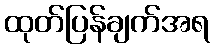
ထုတ်ပြန်ချက်အရ